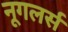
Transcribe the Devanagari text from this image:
नूगलर्स